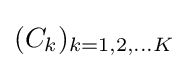
(C_{k})_{k=1,2,...K}